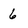
Character: 6